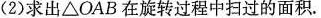
(2)求出△OAB在旋转过程中扫过的面积.